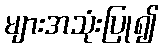
များအသုံးပြု၍